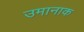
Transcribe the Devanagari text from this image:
उमानाक